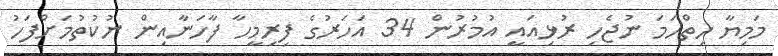
މަމިޔާ ހިތްހަމަ ނުޖެހި ރުޅިއައީ އުމުރުން 34 އަހަރުގެ ފިރިމީހާ ފާހަނާއިން ނުކުތުމަށްފަހު